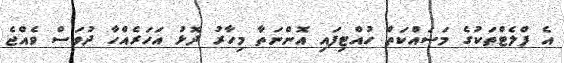
އެ ފްލެޓްތަކުގެ މަސައްކަތް ހުއްޓިފައި އޮންނަތާ މިހާރު ދޮޅު އަހަރެއްހާ ދުވަސް ވެއްޖެ